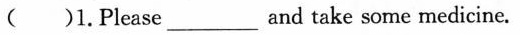
( )1.Please_and take some medicine.